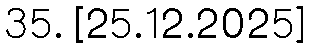
35. [25.12.2025]